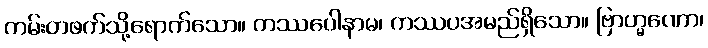
ကမ်းတဖက်သို့ရောက်သော။ ကဿပေါနာမ၊ ကဿပအမည်ရှိသော။ ဗြာဟ္မဏော၊